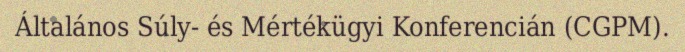
Általános Súly- és Mértékügyi Konferencián (CGPM).